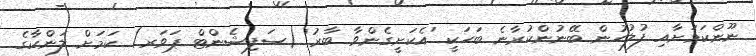
ނޫންކަމަށާއި ފުލުހުން ބޭނުންކުރާނެ ބަހަކީ 'އެކަށީގެންވާ ބާރު' (ސަފިޝެންޓް ޕަވަރ) ކަމަށް ލަންކާގެ